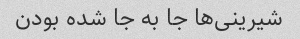
شیرینی‌ها جا به جا شده بودن